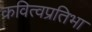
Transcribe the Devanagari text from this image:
कवित्वप्रतिभा